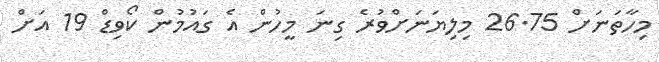
މިހާތަނަށް 26.75 މިލިޔަނަށްވުރެ ގިނަ މީހުން އެ ގައުމުން ކޯވިޑް 19 އަށް